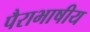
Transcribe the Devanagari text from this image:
पैराभाषीय